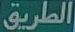
الطريق